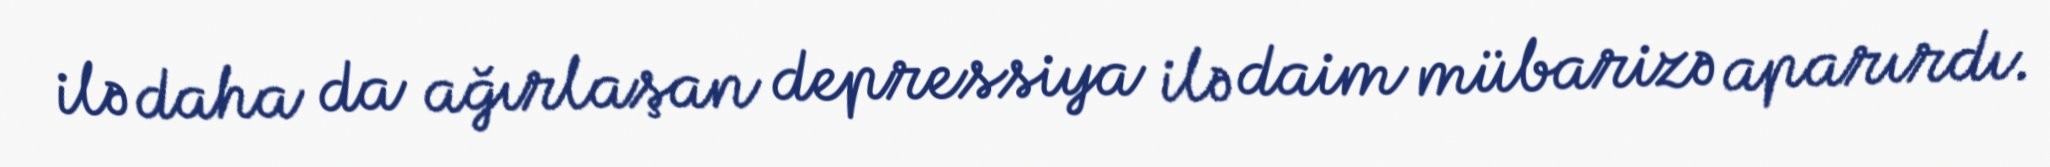
ilə daha da ağırlaşan depressiya ilə daim mübarizə aparırdı.